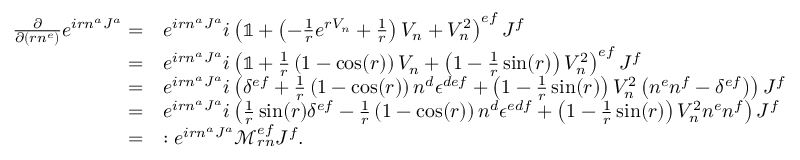
\begin{array} { r l } { \frac { \partial } { \partial ( r n ^ { e } ) } e ^ { i r n ^ { a } J ^ { a } } = } & { e ^ { i r n ^ { a } J ^ { a } } i \left( \mathbb { 1 } + \left( - \frac { 1 } { r } e ^ { r V _ { n } } + \frac { 1 } { r } \right) V _ { n } + V _ { n } ^ { 2 } \right) ^ { e f } J ^ { f } } \\ { = } & { e ^ { i r n ^ { a } J ^ { a } } i \left( \mathbb { 1 } + \frac { 1 } { r } \left( 1 - \cos ( r ) \right) V _ { n } + \left( 1 - \frac { 1 } { r } \sin ( r ) \right) V _ { n } ^ { 2 } \right) ^ { e f } J ^ { f } } \\ { = } & { e ^ { i r n ^ { a } J ^ { a } } i \left( \delta ^ { e f } + \frac { 1 } { r } \left( 1 - \cos ( r ) \right) n ^ { d } \epsilon ^ { d e f } + \left( 1 - \frac { 1 } { r } \sin ( r ) \right) V _ { n } ^ { 2 } \left( n ^ { e } n ^ { f } - \delta ^ { e f } \right) \right) J ^ { f } } \\ { = } & { e ^ { i r n ^ { a } J ^ { a } } i \left( \frac { 1 } { r } \sin ( r ) \delta ^ { e f } - \frac { 1 } { r } \left( 1 - \cos ( r ) \right) n ^ { d } \epsilon ^ { e d f } + \left( 1 - \frac { 1 } { r } \sin ( r ) \right) V _ { n } ^ { 2 } n ^ { e } n ^ { f } \right) J ^ { f } } \\ { = } & { : e ^ { i r n ^ { a } J ^ { a } } \mathcal { M } _ { r n } ^ { e f } J ^ { f } . } \end{array}